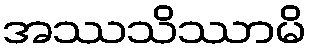
အဿသိဿာမိ